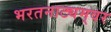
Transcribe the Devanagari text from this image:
भरतनाट्यम्‌वर